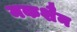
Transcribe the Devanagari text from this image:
मकशैन